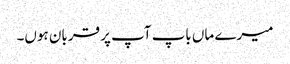
میرے ماں باپ آپ پر قربان ہوں۔